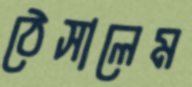
ঠেসালেম